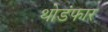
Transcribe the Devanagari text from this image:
थोडंफार